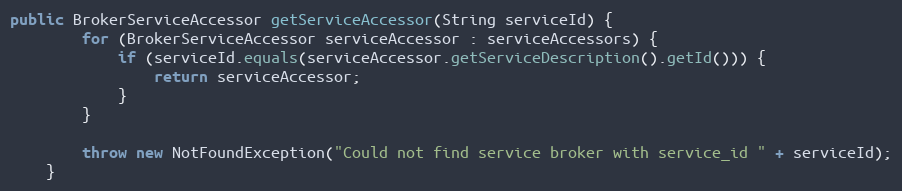
Language: Java
public BrokerServiceAccessor getServiceAccessor(String serviceId) {
        for (BrokerServiceAccessor serviceAccessor : serviceAccessors) {
            if (serviceId.equals(serviceAccessor.getServiceDescription().getId())) {
                return serviceAccessor;
            }
        }

        throw new NotFoundException("Could not find service broker with service_id " + serviceId);
    }